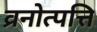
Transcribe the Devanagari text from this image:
व्रनोत्पत्ति